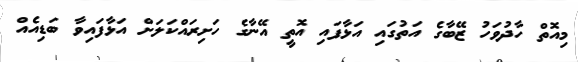
މިއޮތް ހާދުވަހު ޒޭބާގެ އަތުގައި އަޅާފައި އޮތީ އޭނާގެ ހަށިރައްކަލަށް އަޅާފައިވާ ބަޑިއެއް